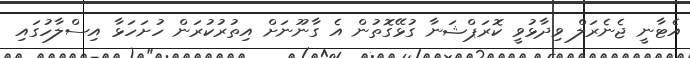
އެޓާނީ ޖެނެރަލް ވިދާޅުވީ ކޮރަޕްޝަނާ ގުޅޭގޮތުން އެ ގާނޫނަށް އިތުރުކުރަން ހުށަހަޅާ އިސްލާހުގައި